Heimtali_vallavalitsus, lk 42
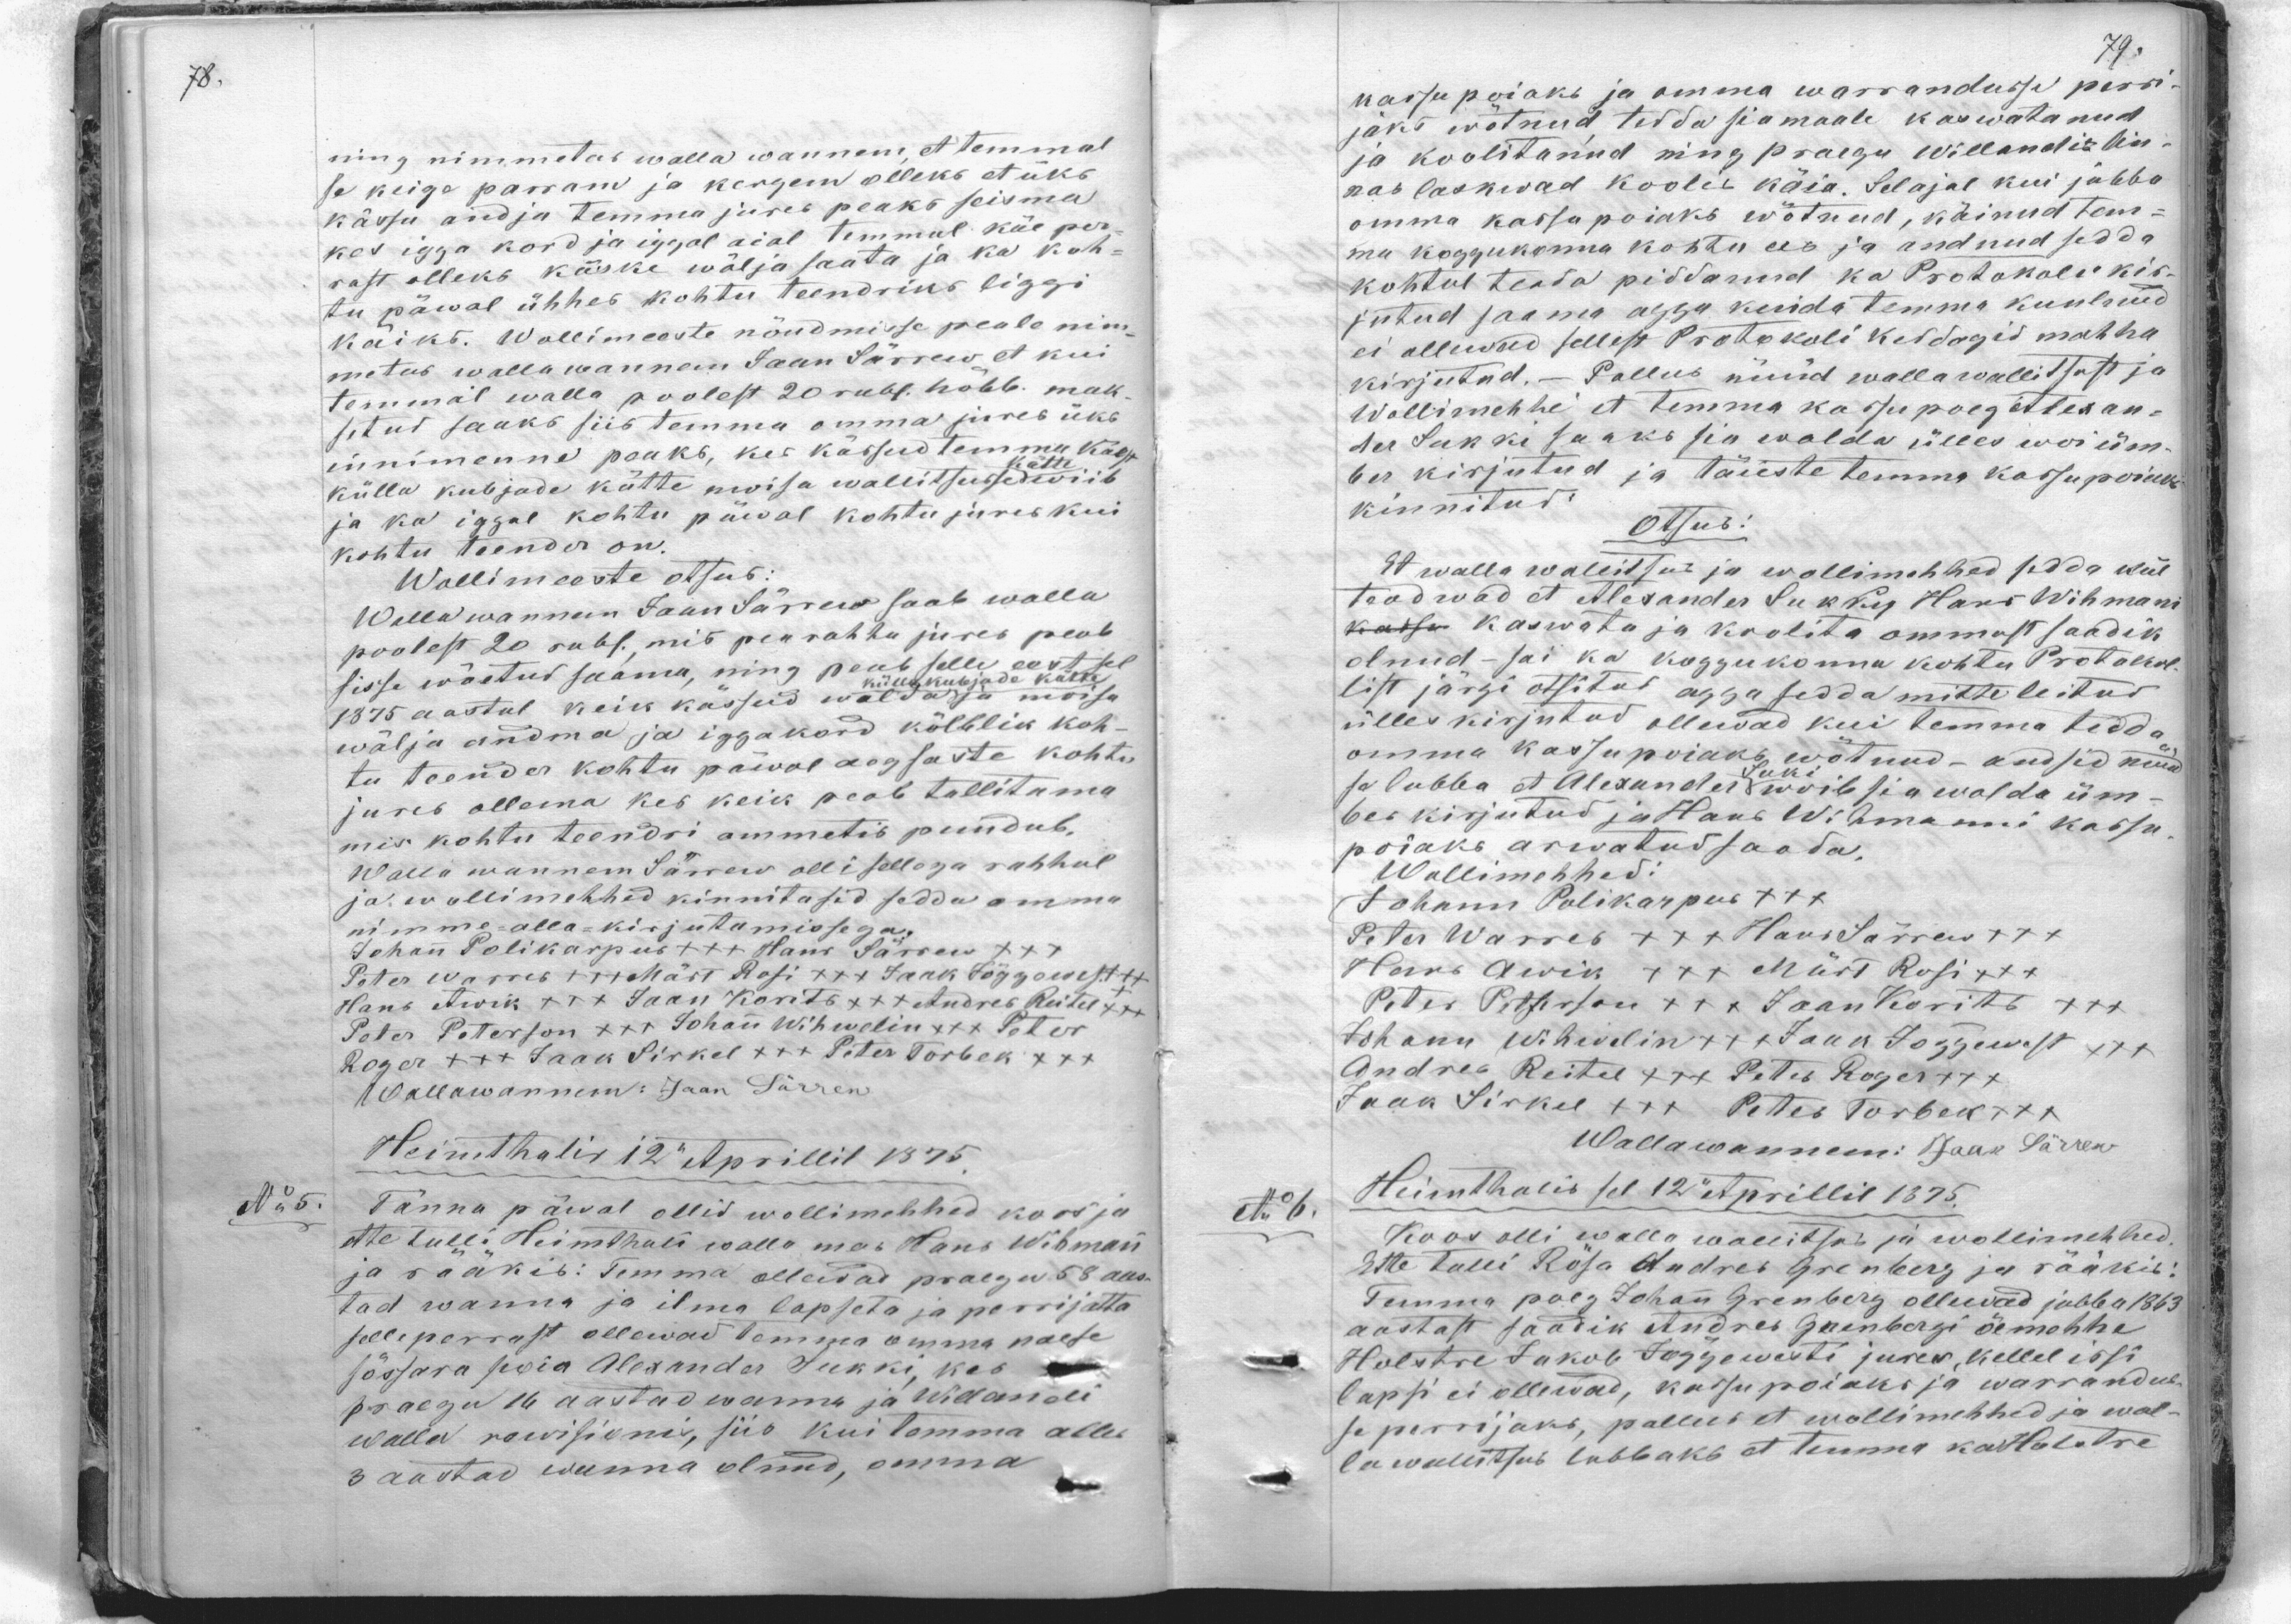
ning nimmetas walla wannem, et temmal
se keige parram ja kergem olleks et üks
kässu andja temma jures peaks seisma
kes igga kord ja iggal aial temmal käe per-
rast olleks käske wälja saata ja ka koh-
tu päwal ühhes kohtu teendriks liggi
käiks. Wollimeeste nõudmisse peale nin-
metus wallawannem Jaan Särrew et kui
temmal walla poolest 20 rubl. hõbb. mak-
setud saaks siis temma omma jures üks
innimenne paaks, kes kässud temma käest
külla kubjade kätte moisa wallitsusese kätte wiib
ja ka iggal kohtu päeval kohtu jures kui
kohtu teender on.
Wollimeeste otsus.
Wallawannem Jaan Särrew saab walla
poolest 20 rubl., mis pearahha jures peab
sisse wõetud saama, ning peab selle eest sel
1875 aastal keik kässud walda külakubjada kätte ja moisa
välja andma ja iggakord kõlblik koh-
tu teender kohtu päwal aegsaste kohtu
jures ollema kes keik peab tallitama
mis kohtu teendri ammetis puudub,
Wallawanem Särrew olli sellega rahhul
ja wollimehhed kinnitasid sedda omma
nimme alla-kirjutamissega.
Johan Polikarpus +++ Hans Särrew +++
Peter Warres +++ Märt Rosi +++ Jaak Jõggewest +++
Hans Awik +++ Jaan Korits +++ Andres Reitel +++
Peter Peterson +++ Johan Wihwelin +++ Peter
Roger +++ Jaak Sirkel XXX Peter Torbek XXX
Wallawanem: Jaan Särrew
Heimthalis 12" Aprillil 1875.
No 5.
Tänna päwal ollid wollimehhed koos ja
ette tulli Heimthali walla mees Hans Wihman
ja rääkib: Temma ollewad praegu 58 aas-
tad wanna ja ilma lapseta ja perrijatta
selleperrast ollewad temma omma naese
sõssara poia Alexander Sukki, kes
praegu 16 aastad wanna ja Willandi
walla rewisionis, siis kui temma alles
3 aastad wanna olnud, omma

kassu poiaks ja omma warrandusse perri-
jaks wõtnud tedda sia maale kaswatanud
ja koolitanud ning praegu Willandis lin-
nas laskwad koolis käia. Sel ajal kui jubba
omma kassupoiaks wõtnud, käinud tem-
ma koggukonna kohtu ees ja andnud sedda
kohtul teada piddanud ka Protokolli kir-
jutud saama aega kuida temma kuulnud
ei allunud sellest Protokoli keddagid mahha
kirjutud. - Pallus nüüd wallawallitsust ja
Wollimehhe et temma kassupoeg Alexan-
der Sukki saaks sia walda ülles woi üm-
ber kirjutud ja täieste temma kassupoiaks
kinnitud.
Otsus:
Et walla wallitsus ja wollimehhed sedda küll
teadwad et Alexander Sukkis Hans Wihmani
kassu kaswata ja koolita ammust saadik
olnud sai ka koggukonna kohtu Protokol-
list järgi otsitud agga sedda mitte leitud
ülles kirjutud olluvad kui temma tedda
omma kassupoiaks wõtnud - andsid nüüd
ja lubba et Alexander Sukki wõib siia walda üm-
ber kirjutud ja Hans Wihmanni kassu-
poiaks arwatud saada.
Wollimehhed
Johann Polikarpus XXX
Peter Warres XXX Hans Särrew +++
Hans Awik XXX Märt Rosi XXX
Peter Peterson +++ + Jaan Korits XXX
Johann Wihiwelin +++ Jaan Jõggewest +++
Andres Reitel xxx Petes Roger +++
Jaan Sirkel +++ Peter Torbeck +++
Wallawannem: Jaan Särrew
Heimthalis sel 12. Aprillil 1875.
No 6.
Koos olli walla waamitsus ja wollimehhed
Ette tulli Rõsa Andres Grenberg ja rääkis:
Temma poeg Johan Grenberg ollewad jubba 1863
aastast saadik Andres Grenbergi õemehhe
Holstre Jakob Jõggewesti juures, kellel issi
lapsi ei ollewad, kassupoiaks ja warrandus-
se perrijaks, pallus et wollimehhed ja wal-
la wallitsus lubbaks et temma ka Holstre